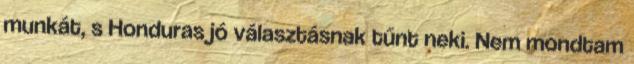
munkát, s Honduras jó választásnak tűnt neki. Nem mondtam